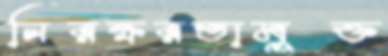
নিরক্ষরতামুক্ত